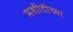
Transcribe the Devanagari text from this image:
मशीदीच्या